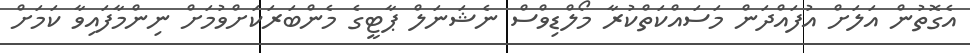
އެގޮތުން އަލަށް އުފައްދަން މަސައްކަތްކުރާ މޯލްޑިވްސް ނެޝަނަލް ޕާޓީގެ މެންބަރަކަށްވުމަށް ނިންމާފައިވާ ކަަމަށް